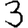
Digit: 3